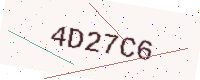
Text: 4D27C6